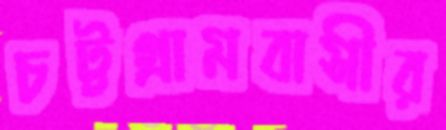
চট্টগ্রামবাসীর